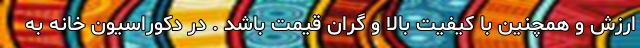
ارزش و همچنین با کیفیت بالا و گران قیمت باشد . در دکوراسیون خانه به